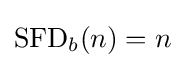
\operatorname {SFD} _{b}(n)=n